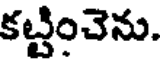
కట్టించెను.